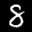
Label: 8